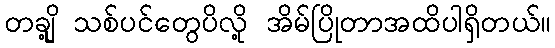
တချို့ သစ်ပင်တွေပိလို့ အိမ်ပြိုတာအထိပါရှိတယ်။